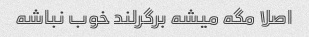
اصلا مگه میشه برگرلند خوب نباشه